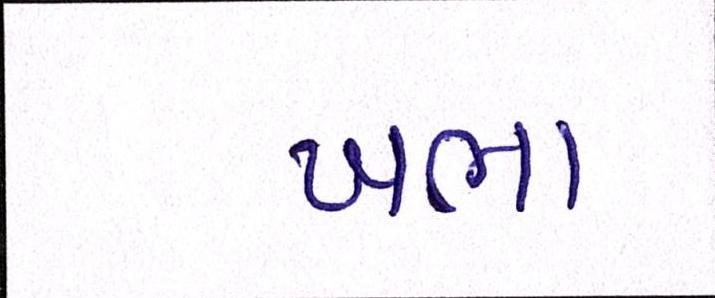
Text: ખભા